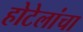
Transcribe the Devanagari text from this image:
होटेलांचा